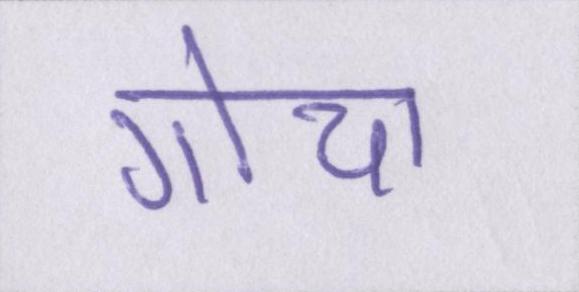
गोया